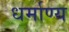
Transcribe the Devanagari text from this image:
धर्माण्य